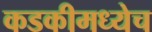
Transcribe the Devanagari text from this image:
कडकीमध्येच